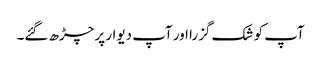
آپ کو شک گزرا اور آپ دیوار پر چڑھ گئے۔